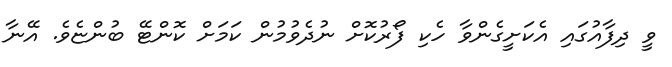
ވީ ދިފާއުގައި އެކަށީގެންވާ ހެކި ފޯރުކޮށް ނުދެވުމުން ކަމަށް ކޮންޓޭ ބުންޏެވެ. އޭނާ